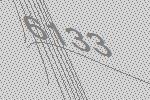
6133